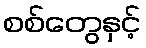
စစ်တွေနှင့်